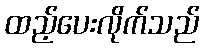
ထည့်ပေးလိုက်သည်